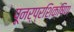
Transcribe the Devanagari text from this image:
पूनर्प्रशिक्षिण